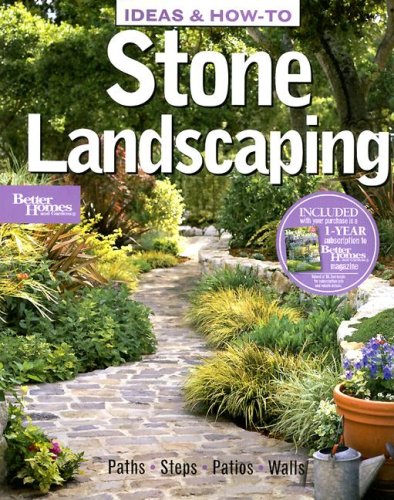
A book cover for Ideas & How-To: Stone Landscaping (Better Homes and Gardens) (Better Homes and Gardens Home); Better Homes and Gardens; Crafts, Hobbies & Home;